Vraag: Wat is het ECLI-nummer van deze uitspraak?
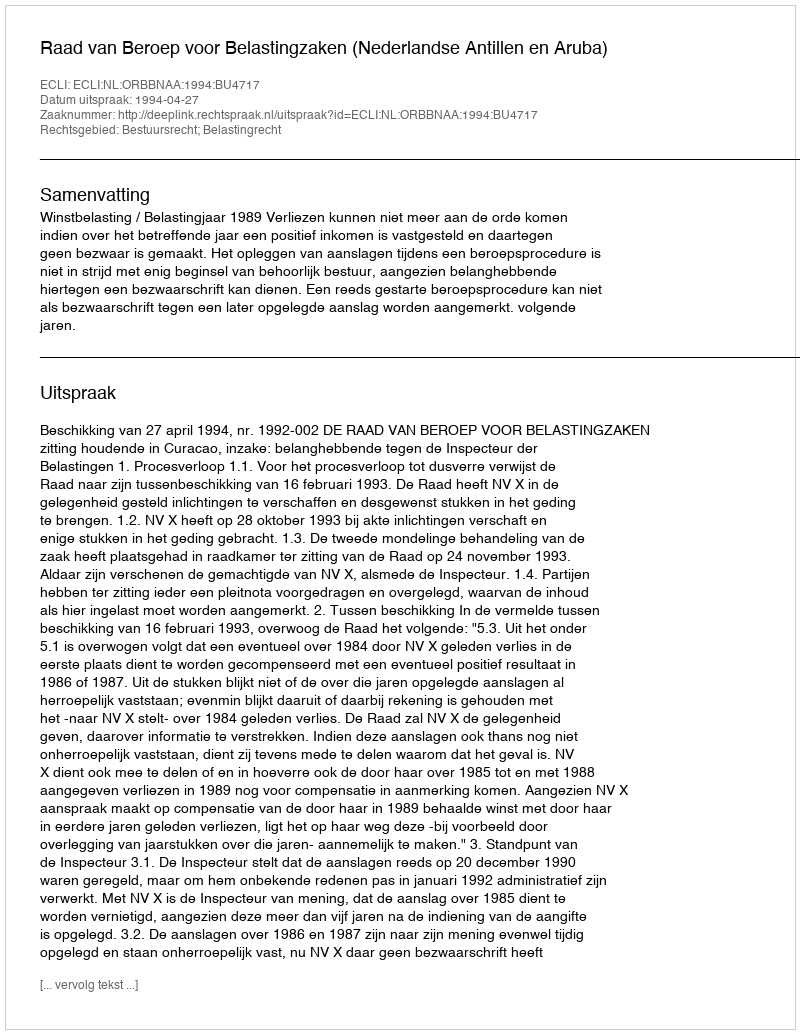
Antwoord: ECLI:NL:ORBBNAA:1994:BU4717